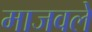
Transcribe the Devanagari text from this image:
माजवले